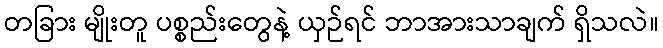
တခြား မျိုးတူ ပစ္စည်းတွေနဲ့ ယှဉ်ရင် ဘာအားသာချက် ရှိသလဲ။